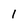
Character: 1